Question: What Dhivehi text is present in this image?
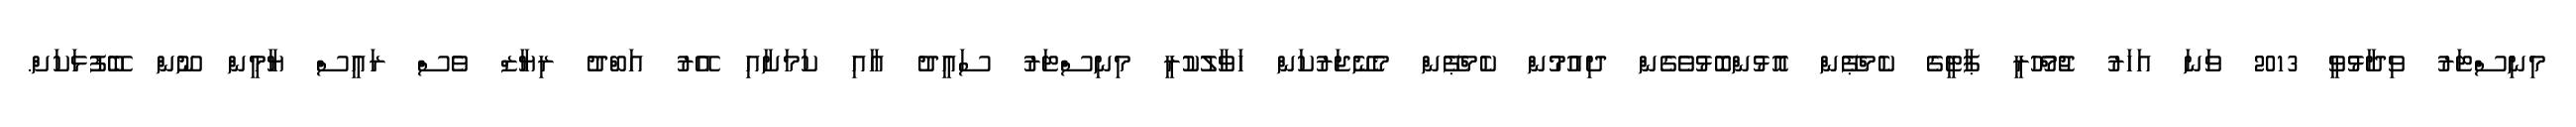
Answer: މިނިސްޓަރު ވިދާޅުވީ 2013 ވަނަ އަހަރު ޖުމްހޫރީ ޕާޓީގެ ކެމްޕޭން އޮޅުންބޮޅުވެގެން ދިއުމުން ކެމްޕޭން މެނޭޖަރުކަން ހަވާލުކުރީ މިނިސްޓަރު ސައީދު އާއި ކަމަށާއި އޭރު އަބްދު ރިޔާޒް ވެސް ރައީސް ޔާމީން ނޫން ބޭފުޅަކަށް.